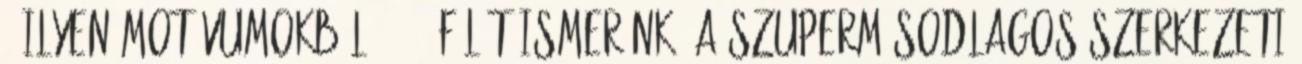
. Ilyen motívumokból 30-40 félét ismerünk. A szupermásodlagos szerkezeti